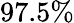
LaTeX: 97.5\%